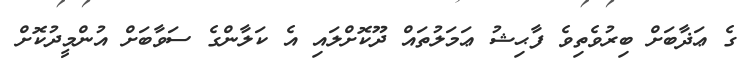
ގެ ޢަޛާބަށް ބިރުވެތިވެ ފާޙިޝު ޢަމަލުތައް ދޫކޮށްލައި އެ ކަލާންގެ ސަވާބަށް އުންމީދުކޮށް